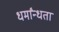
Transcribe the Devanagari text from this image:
धर्मांन्धता